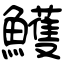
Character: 鱯